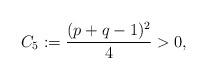
LaTeX: \begin{align*}C_5:=\frac{(p+q-1)^2}{4}>0,\end{align*}